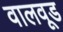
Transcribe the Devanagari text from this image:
वालवूड